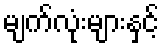
မျက်လုံးများနှင့်